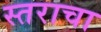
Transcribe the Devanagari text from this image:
स्तराचा